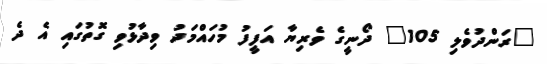
"ރަންދުވެލި 105" ދޯނީގެ ވެރިޔާ އަފީފު މުހައްމަދު ވިދާޅުވި ގޮތުގައި އެ ދެ